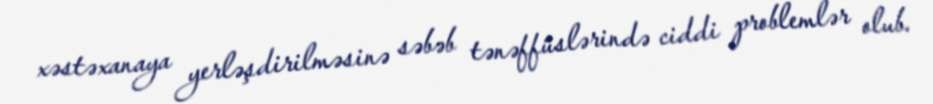
xəstəxanaya yerləşdirilməsinə səbəb tənəffüslərində ciddi problemlər olub.